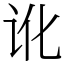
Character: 讹